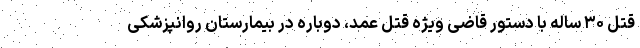
قتل ۳۰ ساله با دستور قاضی ویژه قتل عمد، دوباره در بیمارستان روانپزشکی